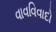
વાવવિવાદો